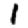
Digit: 1